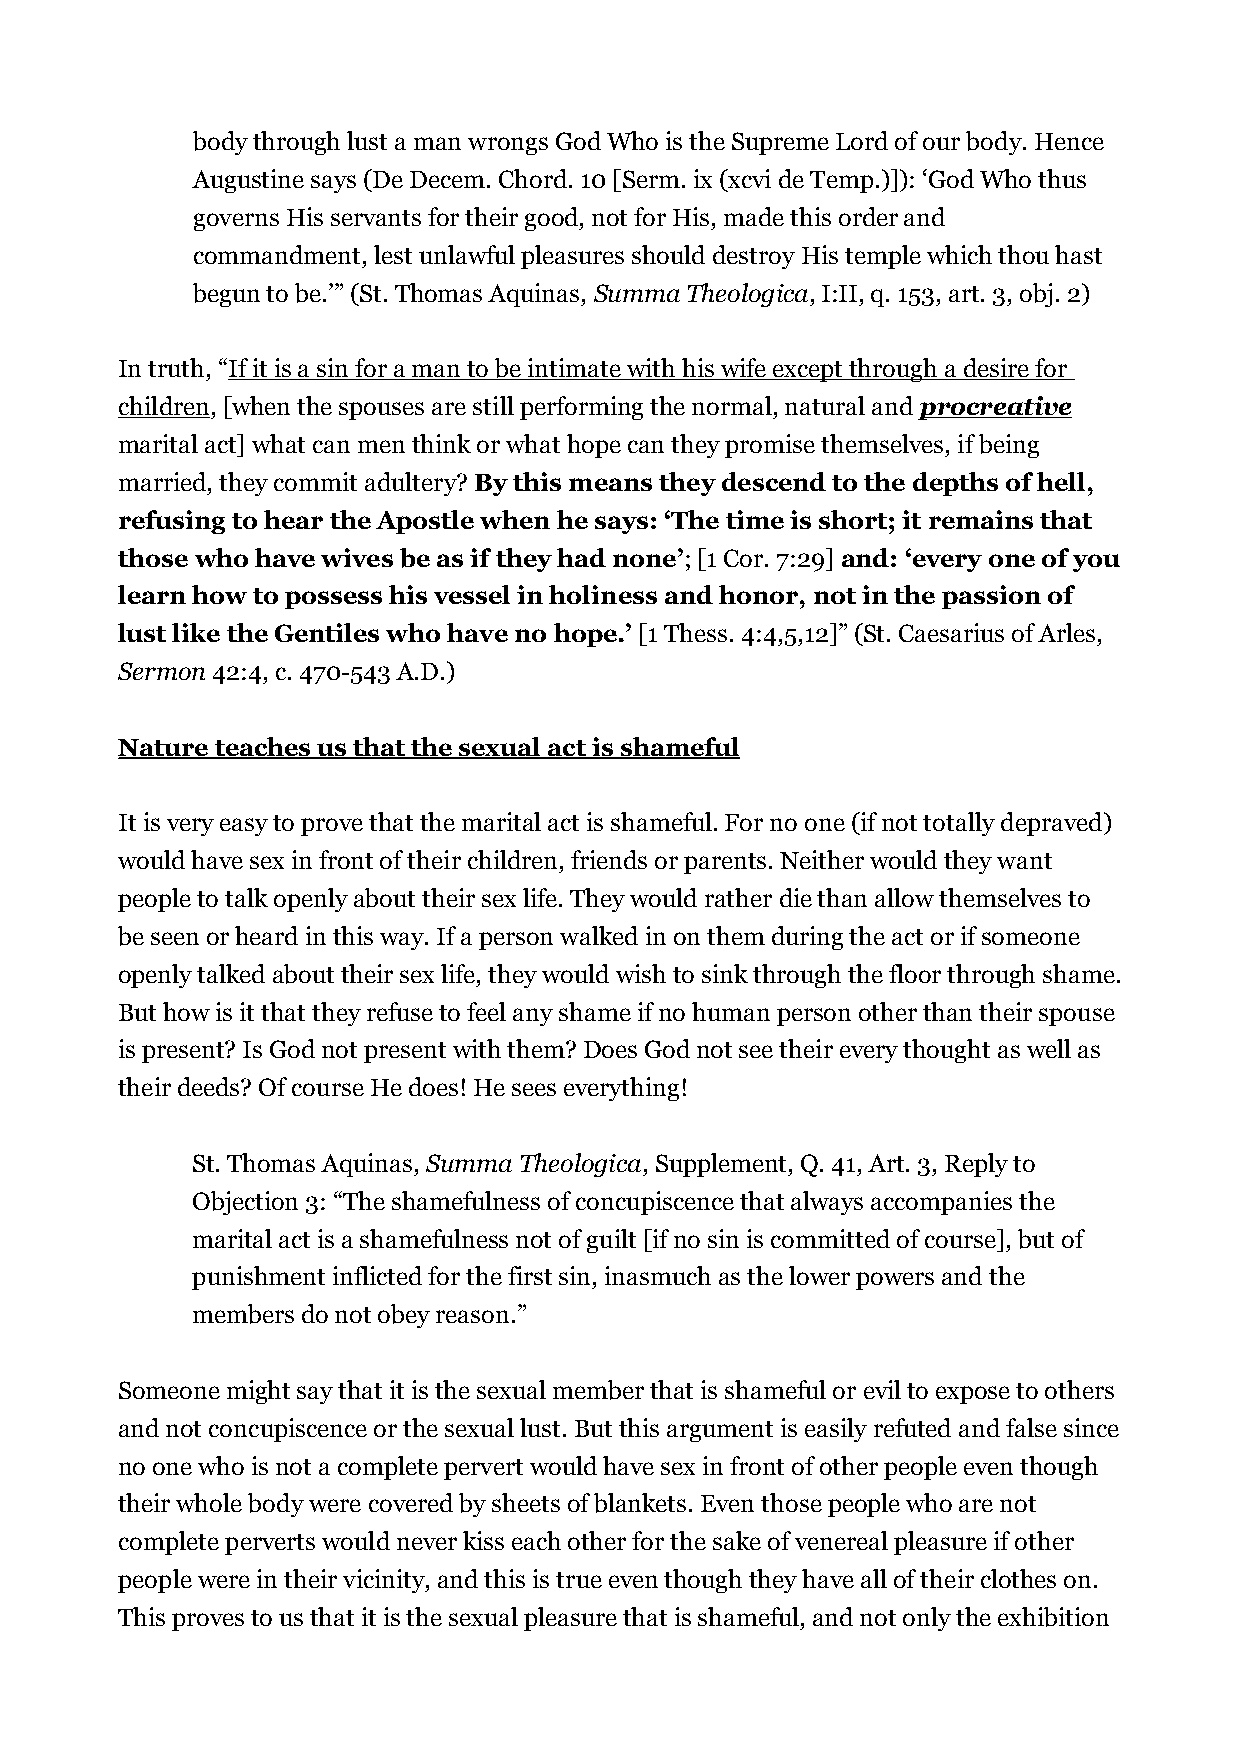
body through lust a man wrongs God Who is the Supreme Lord of our body. Hence
 Augustine says (De Decem. Chord. 10 [Serm. ix (xcvi de Temp.)]): ‘God Who thus
 governs His servants for their good, not for His, made this order and
 commandment, lest unlawful pleasures should destroy His temple which thou hast
 begun to be.’” (St. Thomas Aquinas, Summa Theologica, I:II, q. 153, art. 3, obj. 2)
 In truth, “If it is a sin for a man to be intimate with his wife except through a desire for
 children, [when the spouses are still performing the normal, natural and procreative
 marital act] what can men think or what hope can they promise themselves, if being
 married, they commit adultery? By this means they descend to the depths of hell,
 refusing to hear the Apostle when he says: ‘The time is short; it remains that
 those who have wives be as if they had none’; [1 Cor. 7:29] and: ‘every one of you
 learn how to possess his vessel in holiness and honor, not in the passion of
 lust like the Gentiles who have no hope.’ [1 Thess. 4:4,5,12]” (St. Caesarius of Arles,
 Sermon 42:4, c. 470-543 A.D.)
 Nature teaches us that the sexual act is shameful
 It is very easy to prove that the marital act is shameful. For no one (if not totally depraved)
 would have sex in front of their children, friends or parents. Neither would they want
 people to talk openly about their sex life. They would rather die than allow themselves to
 be seen or heard in this way. If a person walked in on them during the act or if someone
 openly talked about their sex life, they would wish to sink through the floor through shame.
 But how is it that they refuse to feel any shame if no human person other than their spouse
 is present? Is God not present with them? Does God not see their every thought as well as
 their deeds? Of course He does! He sees everything!
 St. Thomas Aquinas, Summa Theologica, Supplement, Q. 41, Art. 3, Reply to
 Objection 3: “The shamefulness of concupiscence that always accompanies the
 marital act is a shamefulness not of guilt [if no sin is committed of course], but of
 punishment inflicted for the first sin, inasmuch as the lower powers and the
 members do not obey reason.”
 Someone might say that it is the sexual member that is shameful or evil to expose to others
 and not concupiscence or the sexual lust. But this argument is easily refuted and false since
 no one who is not a complete pervert would have sex in front of other people even though
 their whole body were covered by sheets of blankets. Even those people who are not
 complete perverts would never kiss each other for the sake of venereal pleasure if other
 people were in their vicinity, and this is true even though they have all of their clothes on.
 This proves to us that it is the sexual pleasure that is shameful, and not only the exhibition